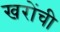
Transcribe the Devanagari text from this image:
खरोंची